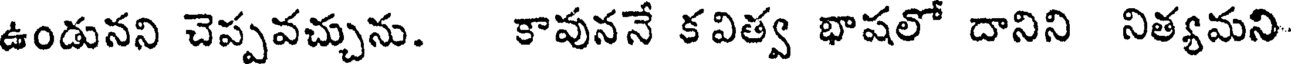
ఉండునని చెప్పవచ్చును. కావుననే కవిత్వ భాషలో దానిని నిత్యమని